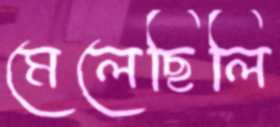
মেলেছিলি